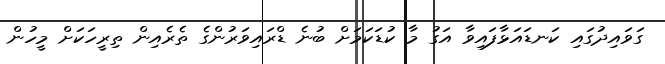
ގަވައިދުގައި ކަނޑައަޅާފައިވާ އަގު މާ ކުޑަކަމަށް ބުނެ ޑްރައިވަރުންގެ ތެރެއިން ތިރީހަކަށް މީހުން